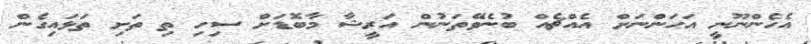
އެހެންނޫނީ އަހަންނަށް އެއްޗެއް ބުނެވޭތަނުން އަރީޝާ މާބޮޑަށް ސިހި ތި ތަށި ތަޅައިގެން